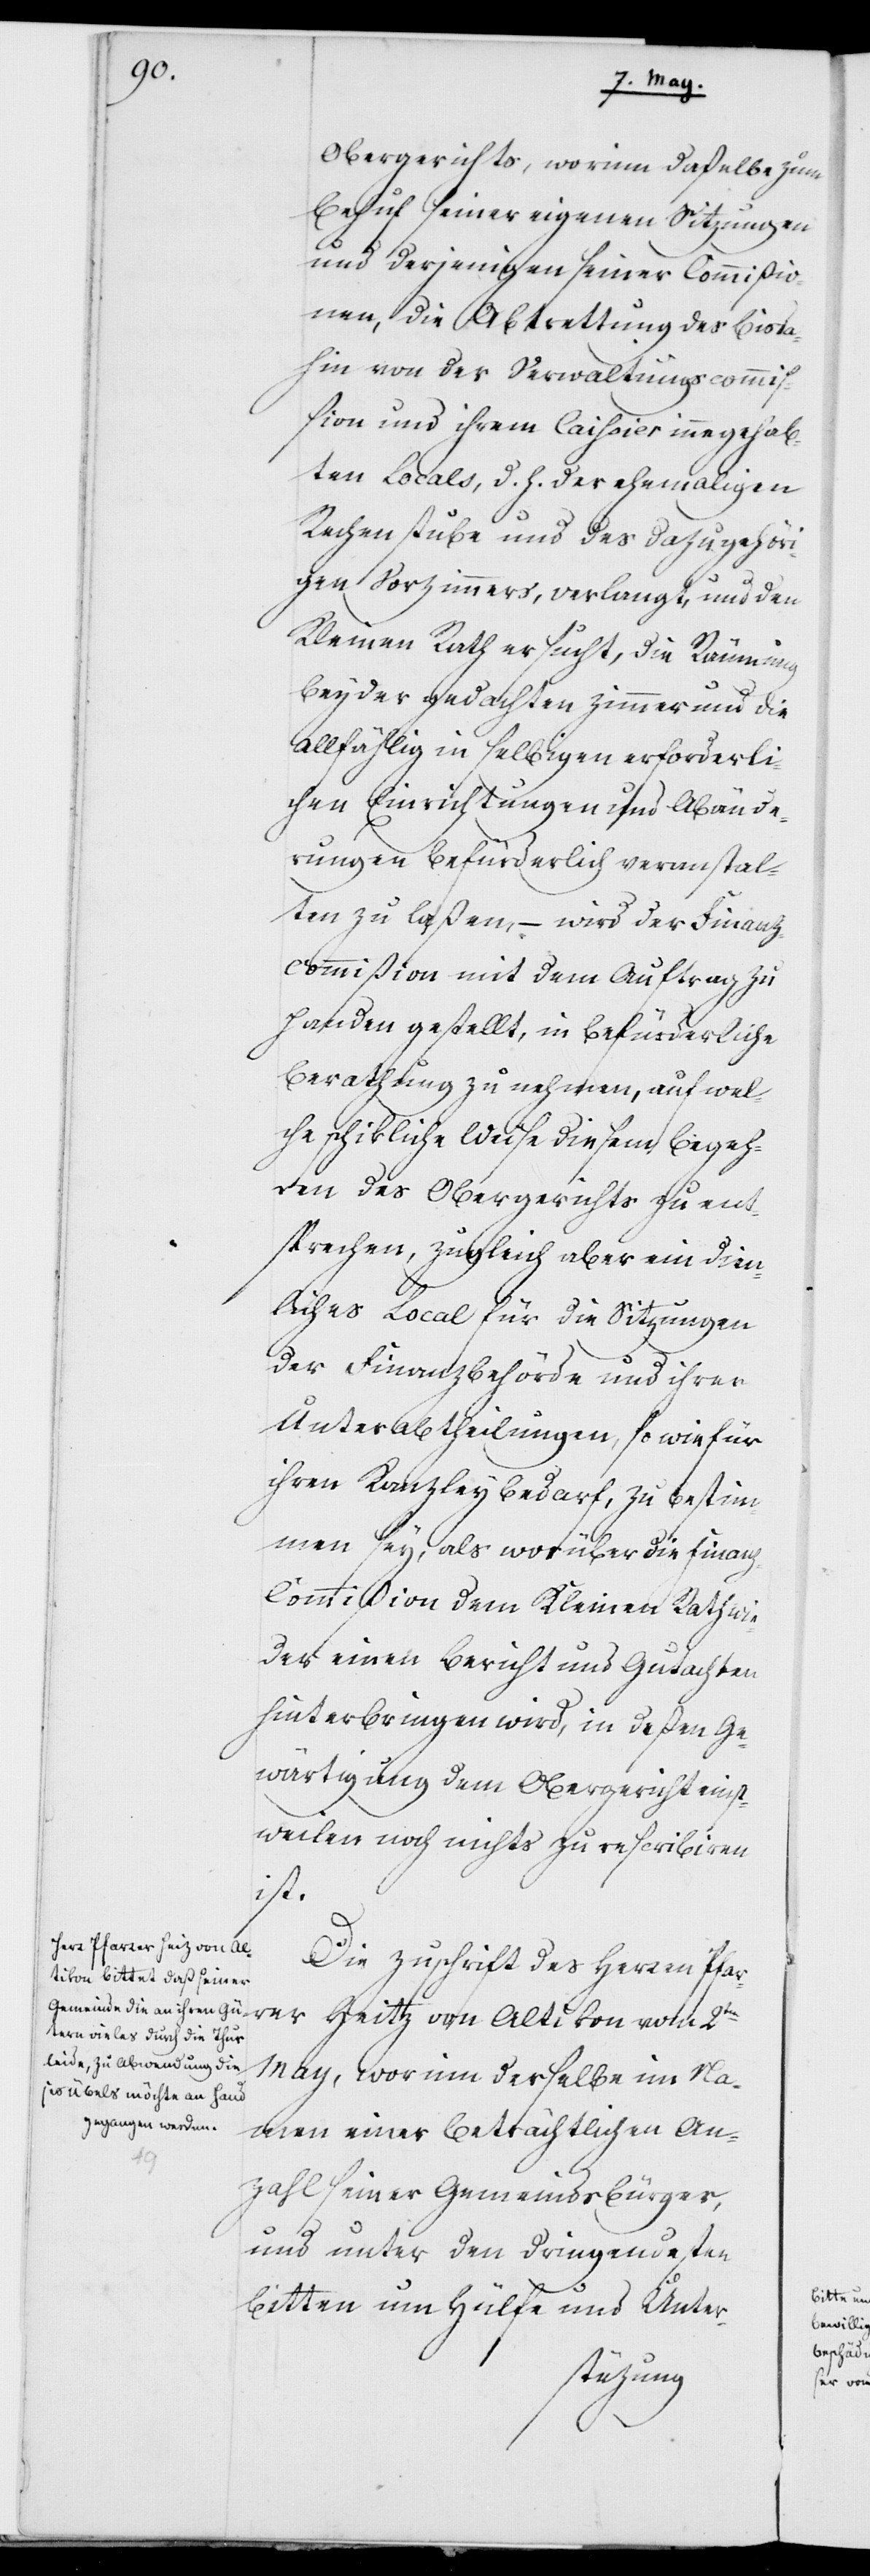
Obergerichts, worinn daßelbe zum
Behuf seiner eigenen Sitzungen
und derjenigen seiner Commißio¬
nen, die Abtrettung des bis da¬
hin von der Verwaltungscomm¬
ißion und ihrem Caißier innegehab¬
ten Locals, d. h. der ehemaligen
Rechenstube und des dazugehöri¬
gen Vorzimmers, verlangt, und den
Kleinen Rath ersucht, die Räumung
beyder gedachten Zimmer und die
allfählig in selbigen erforderli¬
chen Einrichtungen und Abände¬
rungen befürderlich veranstal¬
ten zu laßen, – wird der Finanz¬
commißion mit dem Auftrag zu
Handen gestellt, in befürderliche
Berathung zu nehmen, auf wel¬
che schikliche Weise diesem Begeh¬
ren des Obergerichts zu ent¬
sprechen, zugleich aber ein dien¬
liches Local für die Sitzungen
der Finanzbehörde und ihrer
Unterabtheilungen, sowie für
ihren Kanzleybedarf, zu bestim¬
men sey, als worüber die Finan¬
z-Commißion dem Kleinen Rath wie¬
der einen Bericht und Gutachten
hinterbringen wird, in deßen Ge¬
wärtigung dem Obergericht einst¬
weilen noch nichts zu rescribiren
ist.
Die Zuschrift des Herren Pfar¬
rer Heitz [sic!] von Altikon vom 2ten
May, worinn derselbe im Na¬
men einer beträchtlichen An¬
zahl seiner Gemeindebürger,
und unter den dringendesten
Bitten um Hülfe und Unter-